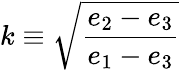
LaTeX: k\equiv{\sqrt{\frac{e_{2}-e_{3}}{e_{1}-e_{3}}}}